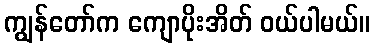
ကျွန်တော်က ကျောပိုးအိတ် ဝယ်ပါမယ်။